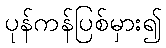
ပုန်ကန်ပြစ်မှား၍